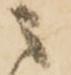
之